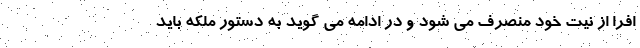
افرا از نیت خود منصرف می شود و در ادامه می گوید به دستور ملکه باید